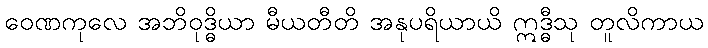
ဝေဏကုလေ အဘိဝုဒ္ဓိယာ မီယတီတိ အနုပရိယာယိ ဣဒ္ဓီသု တူလိကာယ